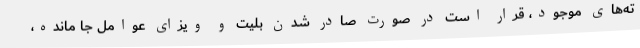
ته‌های موجود،‌ قرار است در صورت صادر شدن بلیت و ویزای عوامل جا مانده،‌